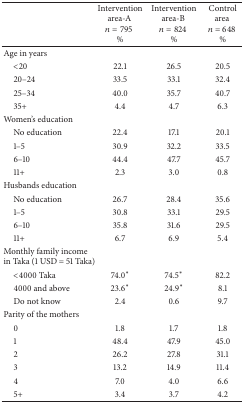
|  | Intervention area-A n = 795 % | Intervention area-B n = 824 % | Control area n = 648 % |
 | --- | --- | --- | --- |
 | Age in years |  |  |  |
 | <20 | 22.1 | 26.5 | 20.5 |
 | 20–24 | 33.5 | 33.1 | 32.4 |
 | 25–34 | 40.0 | 35.7 | 40.7 |
 | 35+ | 4.4 | 4.7 | 6.3 |
 | Women's education |  |  |  |
 | No education | 22.4 | 17.1 | 20.1 |
 | 1–5 | 30.9 | 32.2 | 33.5 |
 | 6–10 | 44.4 | 47.7 | 45.7 |
 | 11+ | 2.3 | 3.0 | 0.8 |
 | Husbands education |  |  |  |
 | No education | 26.7 | 28.4 | 35.6 |
 | 1–5 | 30.8 | 33.1 | 29.5 |
 | 6–10 | 35.8 | 31.6 | 29.5 |
 | 11+ | 6.7 | 6.9 | 5.4 |
 | Monthly family income in Taka (1 USD = 51 Taka) |  |  |  |
 | <4000 Taka | 74.0∗ | 74.5∗ | 82.2 |
 | 4000 and above | 23.6∗ | 24.9∗ | 8.1 |
 | Do not know | 2.4 | 0.6 | 9.7 |
 | Parity of the mothers |  |  |  |
 | 0 | 1.8 | 1.7 | 1.8 |
 | 1 | 48.4 | 47.9 | 45.0 |
 | 2 | 26.2 | 27.8 | 31.1 |
 | 3 | 13.2 | 14.9 | 11.4 |
 | 4 | 7.0 | 4.0 | 6.6 |
 | 5+ | 3.4 | 3.7 | 4.2 |